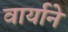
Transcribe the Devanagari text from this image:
वार्याने